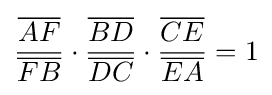
{\frac {\overline {AF}}{\overline {FB}}}\cdot {\frac {\overline {BD}}{\overline {DC}}}\cdot {\frac {\overline {CE}}{\overline {EA}}}=1